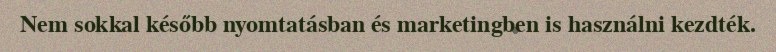
Nem sokkal később nyomtatásban és marketingben is használni kezdték.